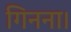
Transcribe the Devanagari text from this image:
गिनना।